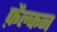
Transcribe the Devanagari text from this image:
फ़ैल्कन